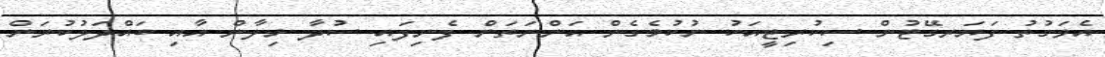
އެވަގުތު ފަޔަރގޭޓުން ސިކުރިޓީއަކު ނުކުމެގެން އަންނަތަން ފެނިފައި ސުދާ މިލާން އާއި ބައްދަލުކުރަން